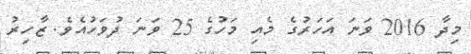
މިދާ 2016 ވަނަ އަހަރުގެ މެއި މަހުގެ 25 ވަނަ ދުވަހުއެވެ. ޒާހިރު